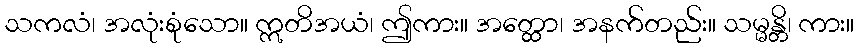
သကလံ၊ အလုံးစုံသော။ ဣတိအယံ၊ ဤကား။ အတ္ထော၊ အနက်တည်း။ သမ္မန္တိ၊ ကား။